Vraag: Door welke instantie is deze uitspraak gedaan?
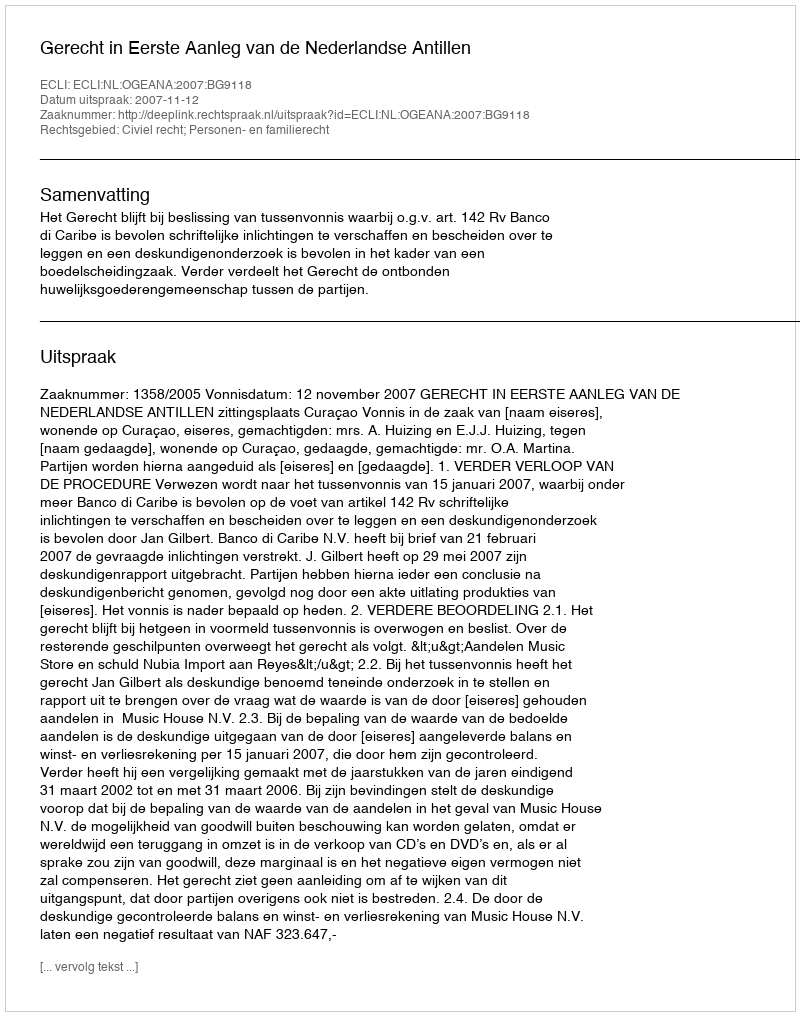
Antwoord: Gerecht in Eerste Aanleg van de Nederlandse Antillen